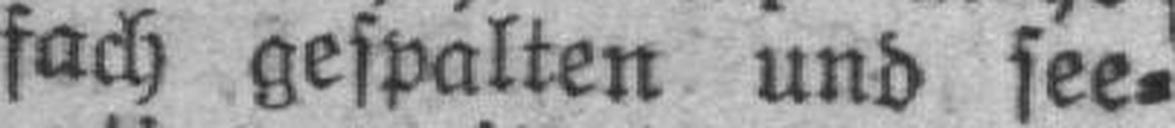
fach gespalten und see¬